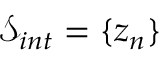
\mathcal { S } _ { i n t } = \{ { z } _ { n } \}